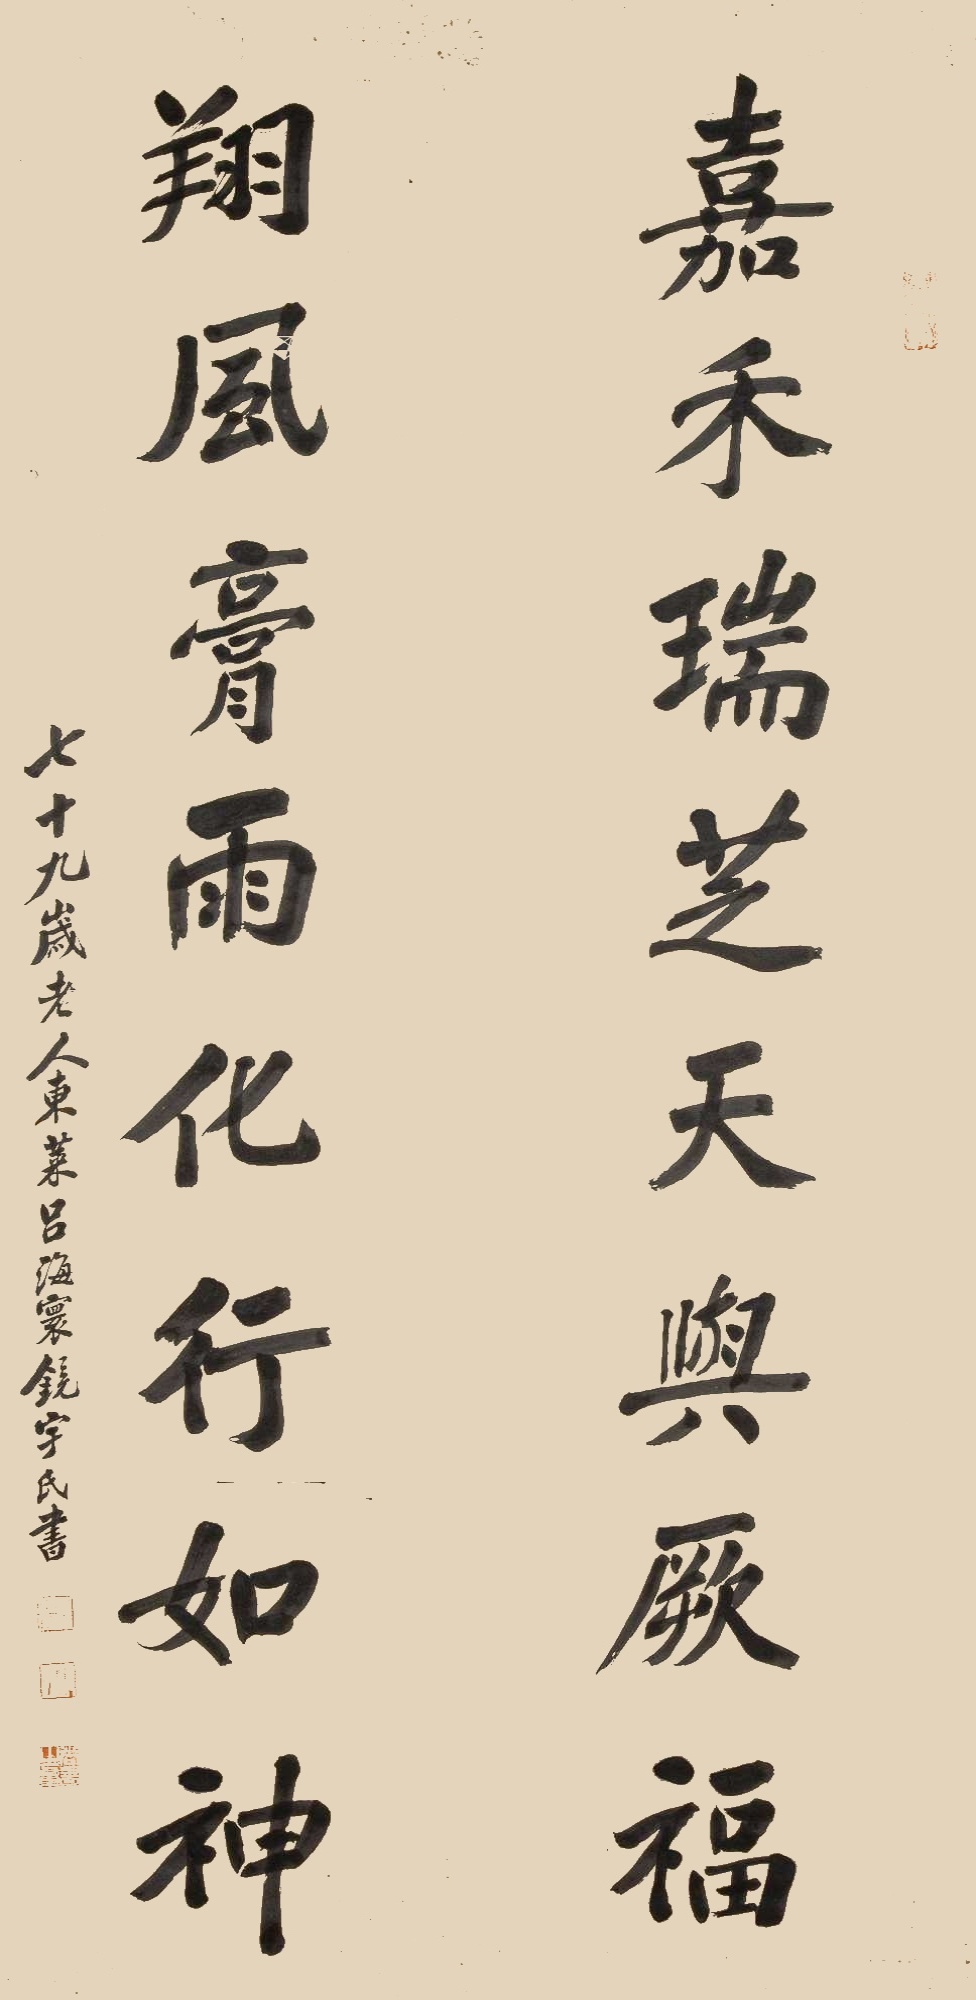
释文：嘉禾瑞芝天与厥福，翔风膏雨化行如神。七十九岁老人，东莱吕海寰镜宇氏书。